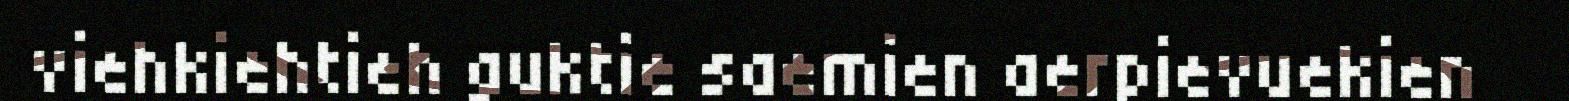
viehkiehtieh guktie saemien aerpievuekien